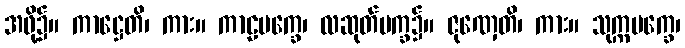
အဖို့၌။ ကာဋ္ဌေတိ၊ ကား။ ကာဠပက္ခေ၊ လဆုတ်ပက္ခ၌။ ဇုဏှေတိ၊ ကား။ သုက္ကပက္ခေ၊